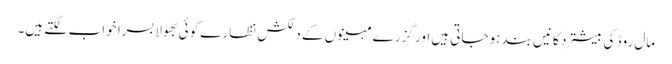
مال روڈ کی بیشترد کانیں بند ہوجاتی ہیں اور گزرے مہینوں کے دلکش نظارے کوئی بھولا بسرا خواب لگتے ہیں۔